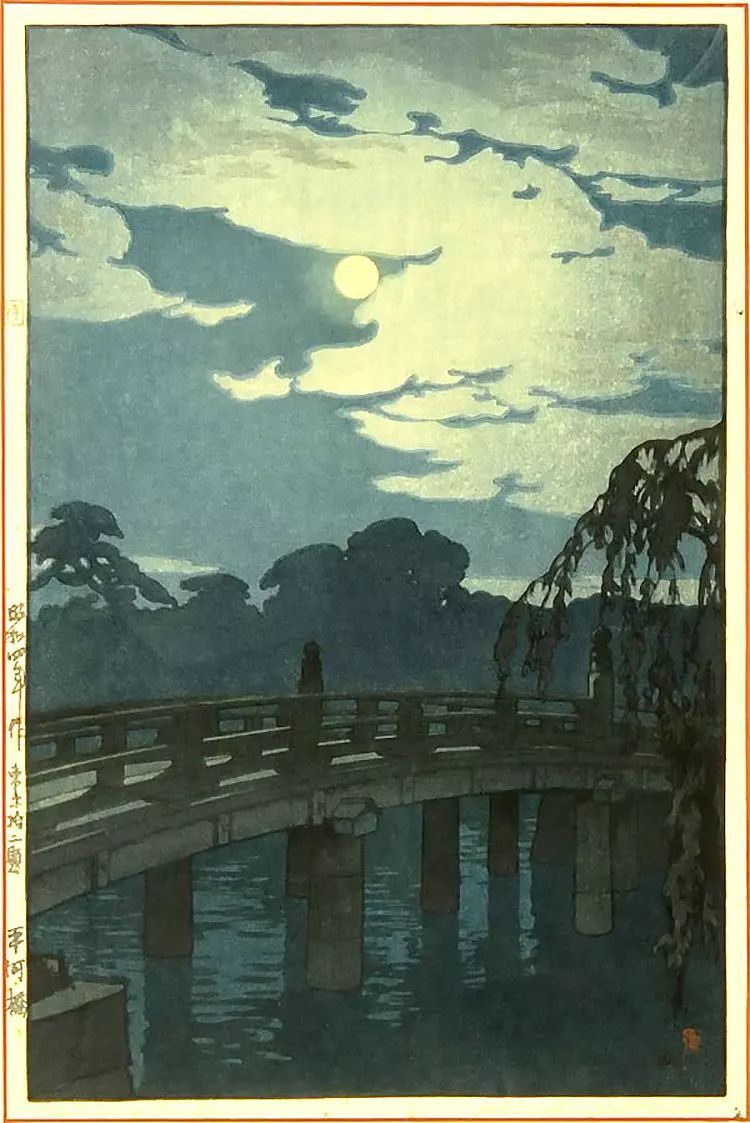
碧虚无云风不起，山上长松山下水。